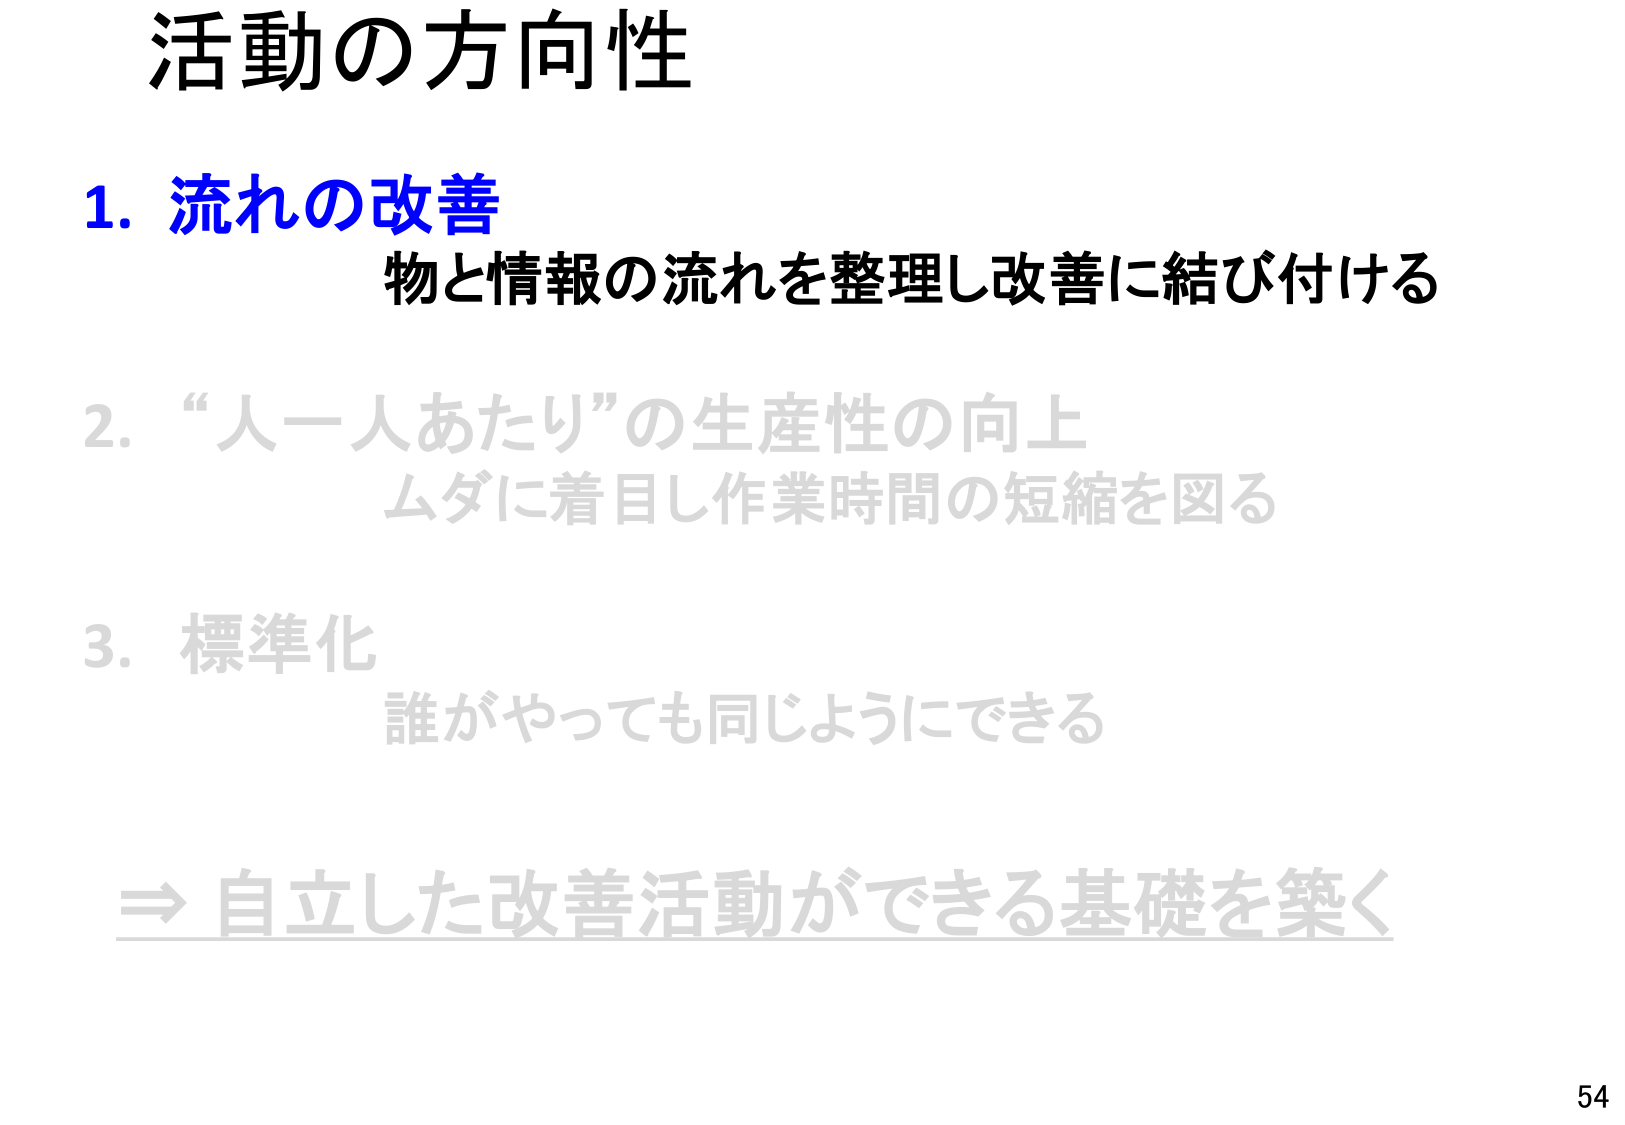
活動の方向性

1. 流れの改善
　物と情報の流れを整理し改善に結び付ける

2. “人一人あたり”の生産性の向上
　ムダに着目し作業時間の短縮を図る

3. 標準化
　誰がやっても同じようにできる

⇒ 自立した改善活動ができる基礎を築く

54